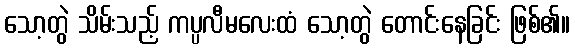
သော့တွဲ သိမ်းသည့် ကပ္ပလီမလေးထံ သော့တွဲ တောင်းနေခြင်း ဖြစ်၏။